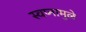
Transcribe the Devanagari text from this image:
स्वप्नामुळे